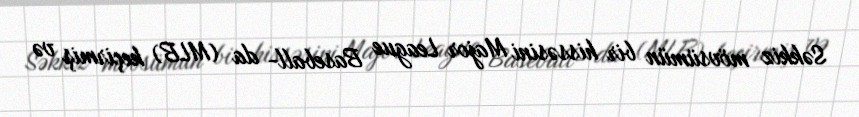
Səkkiz mövsümün bir hissəsini Major League Baseball- da (MLB) keçirmiş və